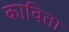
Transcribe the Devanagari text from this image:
काविता